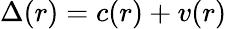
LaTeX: \Delta(r)=c(r)+v(r)